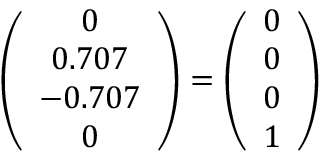
\left( \begin{array} { c } { 0 } \\ { 0 . 7 0 7 } \\ { - 0 . 7 0 7 } \\ { 0 } \end{array} \right) = \left( \begin{array} { l } { 0 } \\ { 0 } \\ { 0 } \\ { 1 } \end{array} \right)